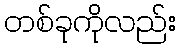
တစ်ခုကိုလည်း